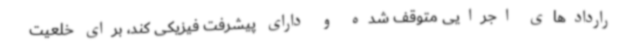
راردادهای اجرایی متوقف شده و دارای پیشرفت فیزیکی کند، برای خلعیت